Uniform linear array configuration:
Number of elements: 16
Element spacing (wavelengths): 0.75
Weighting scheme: hamming
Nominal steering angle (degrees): -30
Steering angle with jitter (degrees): -28.627
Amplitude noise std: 0.05
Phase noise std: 0.05

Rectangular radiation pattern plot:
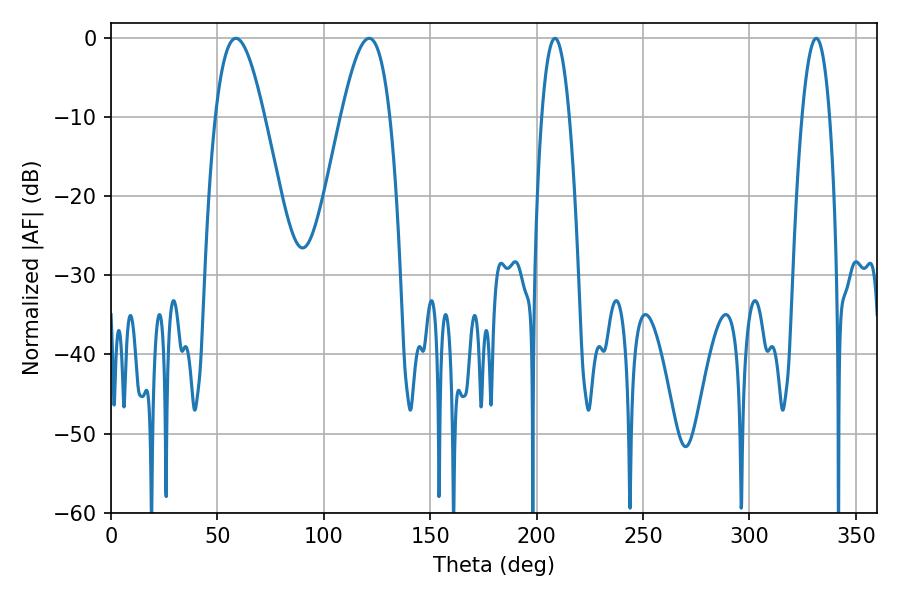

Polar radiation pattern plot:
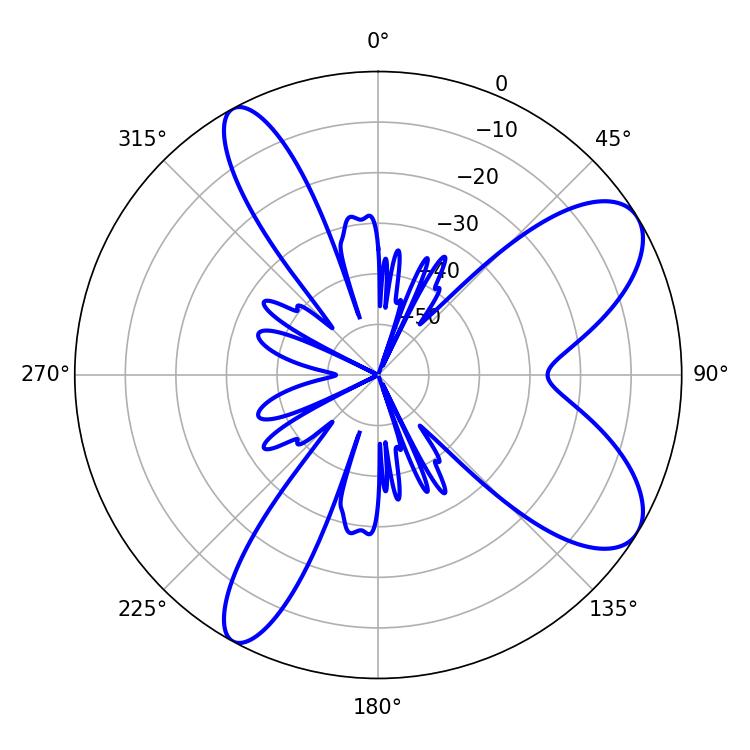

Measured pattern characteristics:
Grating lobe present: TRUE
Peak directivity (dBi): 8.557
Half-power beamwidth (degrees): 7.2
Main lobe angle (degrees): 208.62